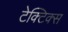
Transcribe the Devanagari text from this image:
टेक्टिक्स